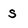
Character: s